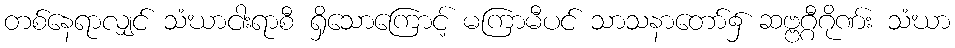
တစ်နေရာလျှင် သံဃာငါးရာစီ ရှိသောကြောင့် မကြာမီပင် သာသနာတော်၌ ဆဗ္ဗဂ္ဂီဂိုဏ်း သံဃာ